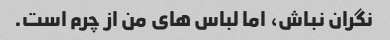
نگران نباش، اما لباس های من از چرم است.